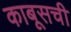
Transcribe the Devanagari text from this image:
काबूसची